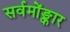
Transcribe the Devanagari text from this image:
सर्वमोंङ्कार